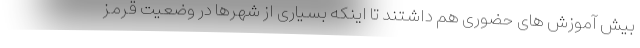
بیش آموزش های حضوری هم داشتند تا اینکه بسیاری از شهرها در وضعیت قرمز